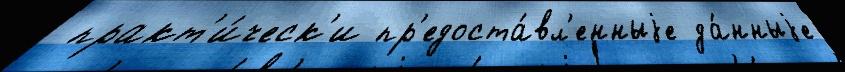
 практ'и́ческ'и пр'едоста́вл'енныjе да́нныjе